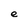
Character: e